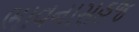
ભાવનાસહજ